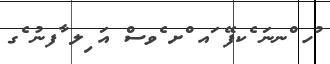
ުހ ްނނަ ެކފޭ ައ ްށ ެވސް އަ ިލ ާފނު ެގ